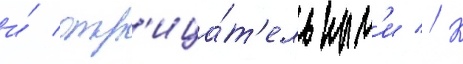
и́ отр'ица́т'ельным'и // К